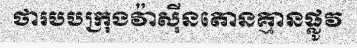
ថារបបក្រុងវ៉ាស៊ីនតោនគ្មានផ្លូវ